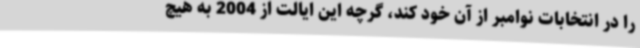
را در انتخابات نوامبر از آن خود کند، گرچه این ایالت از 2004 به هیچ